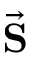
\vec { \mathbf S }